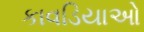
કાવડિયાઓ